Rules regarding the measures to be adopted on the outbreak of cholera or appearance of small-pox
Disease focus: Cholera
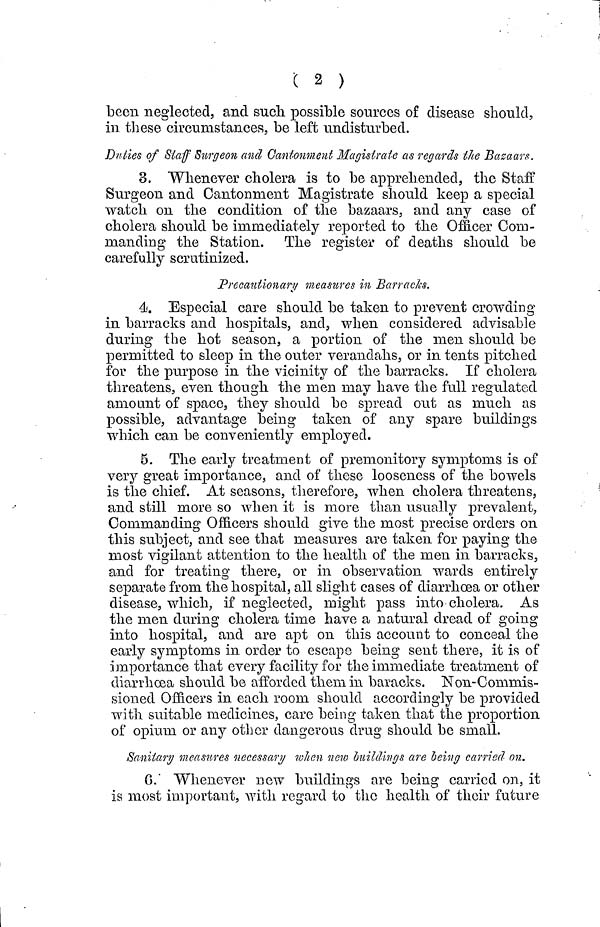
( 2 )
been neglected, and such possible sources of disease should,
in these circumstances, be left undisturbed.
Duties of Staff Surgeon and Cantonment Magistrate as regards the Bazaars.
3. Whenever cholera is to be apprehended, the Staff
Surgeon and Cantonment Magistrate should keep a special
watch on the condition of the bazaars, and any case of
cholera should be immediately reported to the Officer Com-
manding the Station. The register of deaths should be
carefully scrutinized.
Precautionary measures in Barracks.
4. Especial care should be taken to prevent crowding
in barracks and hospitals, and, when considered advisable
during the hot season, a portion of the men should be
permitted to sleep in the outer verandahs, or in tents pitched
for the purpose in the vicinity of the barracks. If cholera
threatens, even though the men may have the full regulated
amount of space, they should be spread out as much as
possible, advantage being taken of any spare buildings
which can be conveniently employed.
5. The early treatment of premonitory symptoms is of
very great importance, and of these looseness of the bowels
is the chief. At seasons, therefore, when cholera threatens,
and still more so when it is more than usually prevalent,
Commanding Officers should give the most precise orders 011
this subject, and see that measures are taken for paying the
most vigilant attention to the health of the men in barracks,
and for treating there, or in observation wards entirely
separate from the hospital, all slight cases of diarrhœa or other
disease, which, if neglected, might pass into cholera. As
the men during cholera time have a natural dread of going
into hospital, and are apt on this account to conceal the
early symptoms in order to escape being sent there, it is of
importance that every facility for the immediate treatment of
diarrhoea should be afforded them in baracks. Non-Commis-
sioned Officers in each room should accordingly be provided
with suitable medicines, care being taken that the proportion
of opium or any other dangerous drug should be small.
Sanitary measures necessary when new buildings are being carried on.
6. Whenever new buildings are being carried on, it
is most important, with regard to the health of their future